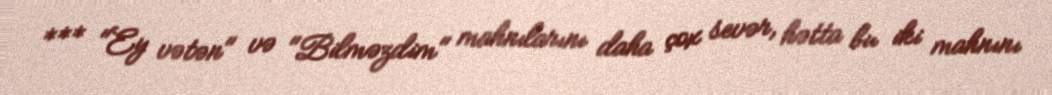
*** "Ey vətən" və "Bilməzdim" mahnılarını daha çox sevər, hətta bu iki mahnını